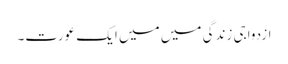
ازدواجی زندگی میں میں ایک عورت۔